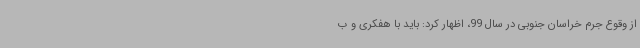
از وقوع جرم خراسان‌ جنوبی در سال 99، اظهار کرد: باید با هفکری و ب